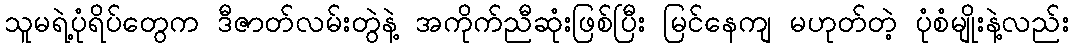
သူမရဲ့ပုံရိပ်တွေက ဒီဇာတ်လမ်းတွဲနဲ့ အကိုက်ညီဆုံးဖြစ်ပြီး မြင်နေကျ မဟုတ်တဲ့ ပုံစံမျိုးနဲ့လည်း